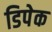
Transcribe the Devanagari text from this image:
डिपेक